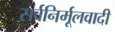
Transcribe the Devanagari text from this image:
सर्वनिर्मूलवादी